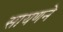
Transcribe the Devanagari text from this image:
सायणने